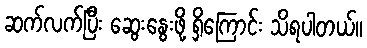
ဆက်လက်ပြီး ဆွေးနွေးဖို့ ရှိကြောင်း သိရပါတယ်။